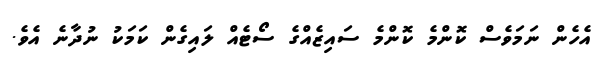
އެހެން ނަމަވެސް ކޮންމެ ކޮންމެ ސައިޒެއްގެ ސޯޓެއް ލައިގެން ކަމަކު ނުދާނެ އެވެ.